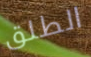
الطلق